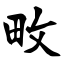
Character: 畋